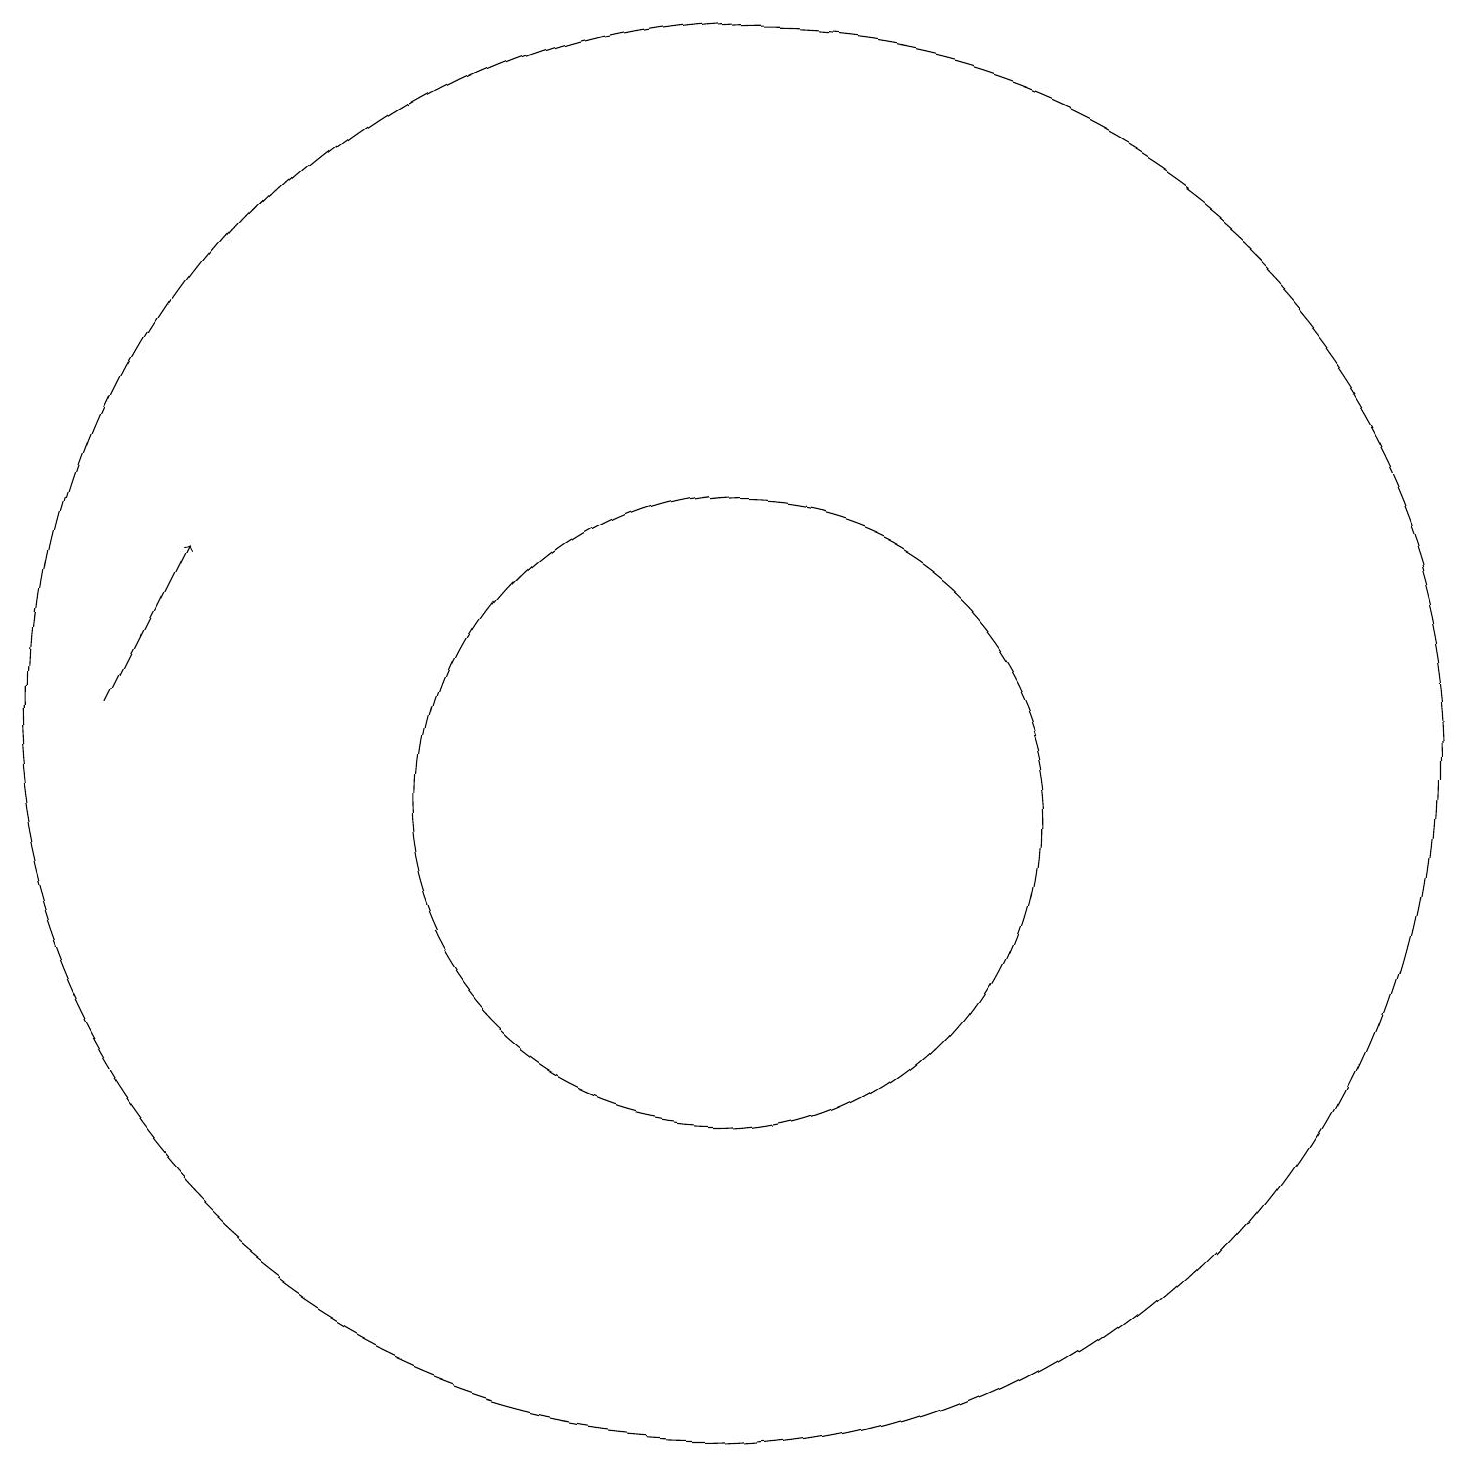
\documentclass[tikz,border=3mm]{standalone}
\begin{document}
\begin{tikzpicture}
\draw (12,10) circle (4);
\draw (12,11) circle (9);
\draw[->] (4,11) -- (5,13);
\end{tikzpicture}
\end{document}